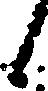
候